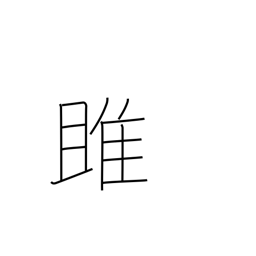
Meaning: osprey